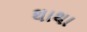
થાથા